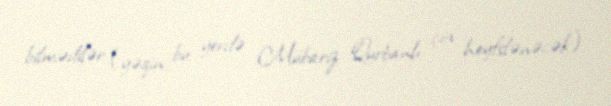
bilmədilər (yəqin bu yerdə Mübariz Qurbanlı çox heyfslənəcək).